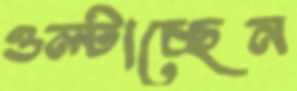
ওল্‌টাচ্ছেন